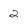
Character: 2